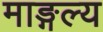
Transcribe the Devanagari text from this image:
माङ्गल्य